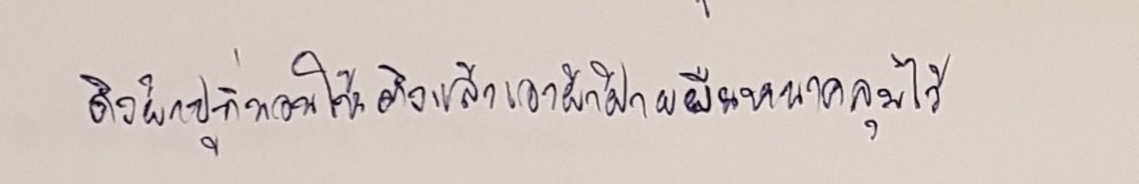
ดึงผ้าปูที่นอนให้ตึงแล้วเอาผ้าฝ้ายผืนหนาคลุมไว้